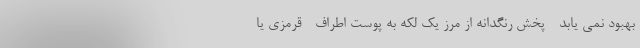
بهبود نمی یابد - پخش رنگدانه از مرز یک لکه به پوست اطراف - قرمزی یا